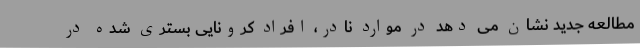
مطالعه جدید نشان می دهد در موارد نادر، افراد کرونایی بستری شده در